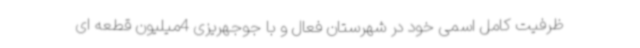
ظرفیت کامل اسمی خود در شهرستان فعال و با جوجهریزی 4میلیون قطعه ای